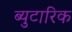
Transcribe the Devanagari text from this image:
ब्युटारिक